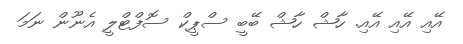
އޭއި އޭއި އޭއި. ހާޝް ހާޝް ބޭބީ ސްޕީކް ސޮފްޓްލީ އެނޫން ނަމަ